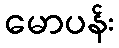
မောပန်း